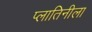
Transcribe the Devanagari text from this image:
प्लातिनीला